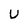
Character: u